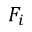
F _ { i }